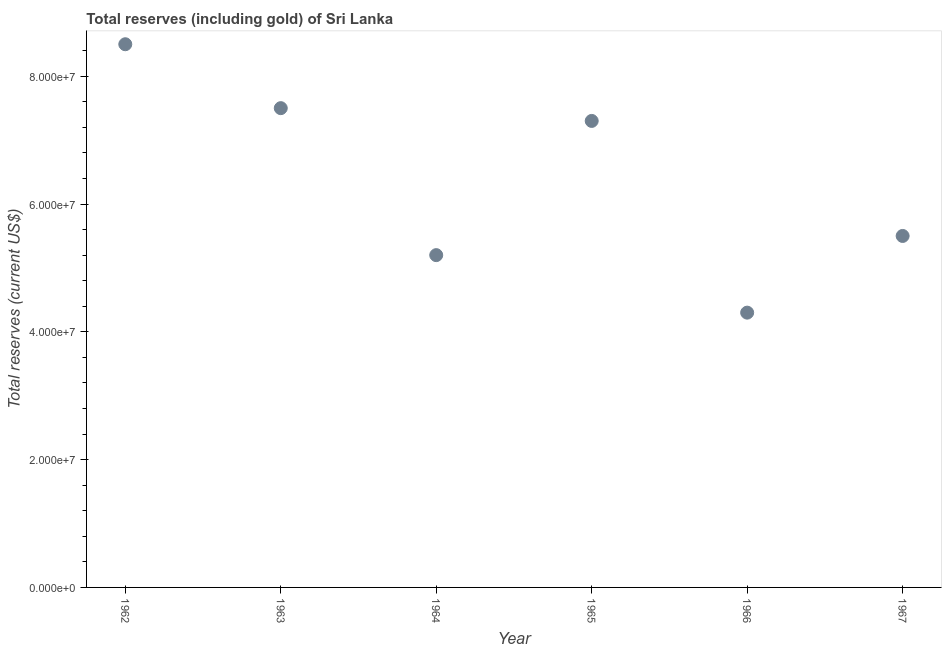
| Year | Total reserves (includes gold |
 | --- | --- |
 | 1962 | 8.5e+07 |
 | 1963 | 7.5e+07 |
 | 1964 | 5.2e+07 |
 | 1965 | 7.3e+07 |
 | 1966 | 4.3e+07 |
 | 1967 | 5.5e+07 |